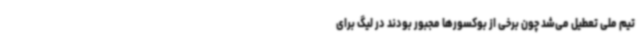
تیم ملی تعطیل می‌شد چون برخی از بوکسورها مجبور بودند در لیگ برای